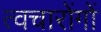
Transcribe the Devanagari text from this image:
त्वचारोंगों